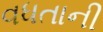
વધતાની